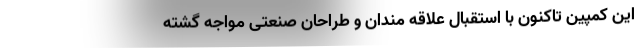
این کمپین تاکنون با استقبال علاقه مندان و طراحان صنعتی مواجه گشته